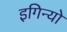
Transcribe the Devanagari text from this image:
इगिन्यो